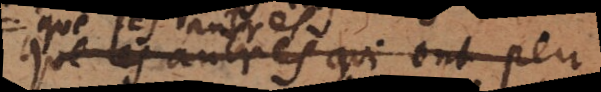
les autres qui ont peu